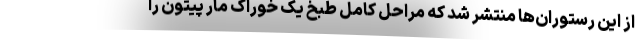
از این رستوران‌ها منتشر شد که مراحل کامل طبخ یک خوراک مار پیتون را